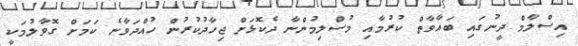
އިސްލާމް ދީނުގައި ބަޣާވާތް ކުރުމާއި މުސްލިމުންނާ ދެކޮޅަށް ޖިހާދުކުރުން ހުއްދަވާނެ ކަމަށް ގޮވާލުމަކީ